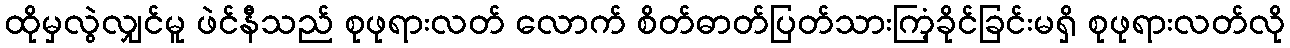
ထိုမှလွဲလျှင်မူ ဖဲင်နီသည် စုဖုရားလတ် လောက် စိတ်ဓာတ်ပြတ်သားကြံ့ခိုင်ခြင်းမရှိ စုဖုရားလတ်လို